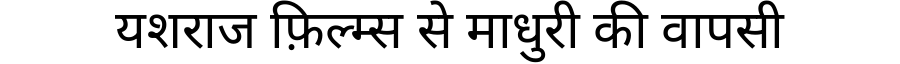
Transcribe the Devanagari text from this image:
यशराज फ़िल्म्स से माधुरी की वापसी